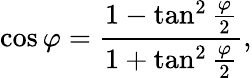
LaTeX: \cos\varphi=\frac{1-\tan^{2}\frac{\varphi}{2}}{1+\tan^{2}\frac{\varphi}{2}},